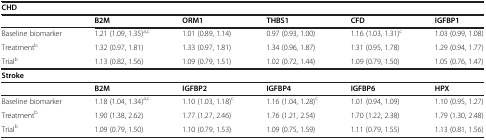
<table><thead><tr><td colspan="6"><b>CHD</b></td></tr><tr><td><b> </b></td><td><b>B2M</b></td><td><b>ORM1</b></td><td><b>THBS1</b></td><td><b>CFD</b></td><td><b>IGFBP1</b></td></tr></thead><tbody><tr><td>Baseline biomarker</td><td>1.21 (1.09, 1.35)<sup>a,c</sup></td><td>1.01 (0.89, 1.14)</td><td>0.97 (0.93, 1.00)</td><td>1.16 (1.03, 1.31)<sup>c</sup></td><td>1.03 (0.99, 1.08)</td></tr><tr><td>Treatment<sup>b</sup></td><td>1.32 (0.97, 1.81)</td><td>1.33 (0.97, 1.81)</td><td>1.34 (0.96, 1.87)</td><td>1.31 (0.95, 1.78)</td><td>1.29 (0.94, 1.77)</td></tr><tr><td>Trial<sup>b</sup></td><td>1.13 (0.82, 1.56)</td><td>1.09 (0.79, 1.51)</td><td>1.02 (0.72, 1.44)</td><td>1.09 (0.79, 1.50)</td><td>1.05 (0.76, 1.47)</td></tr><tr><td colspan="6"><b>Stroke</b></td></tr><tr><td> </td><td><b>B2M</b></td><td><b>IGFBP2</b></td><td><b>IGFBP4</b></td><td><b>IGFBP6</b></td><td><b>HPX</b></td></tr><tr><td>Baseline biomarker</td><td>1.18 (1.04, 1.34)<sup>a,c</sup></td><td>1.10 (1.03, 1.18)<sup>c</sup></td><td>1.16 (1.04, 1.28)<sup>c</sup></td><td>1.01 (0.94, 1.09)</td><td>1.10 (0.95, 1.27)</td></tr><tr><td>Treatment<sup>b</sup></td><td>1.90 (1.38, 2.62)</td><td>1.77 (1.27, 2.46)</td><td>1.76 (1.21, 2.54)</td><td>1.70 (1.22, 2.38)</td><td>1.79 (1.30, 2.48)</td></tr><tr><td>Trial<sup>b</sup></td><td>1.09 (0.79, 1.50)</td><td>1.10 (0.79, 1.53)</td><td>1.09 (0.75, 1.59)</td><td>1.11 (0.79, 1.55)</td><td>1.13 (0.81, 1.56)</td></tr></tbody></table>